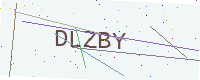
Text: DLZBY